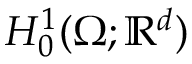
H _ { 0 } ^ { 1 } ( \Omega ; \ensuremath \mathbb { R } ^ { d } )